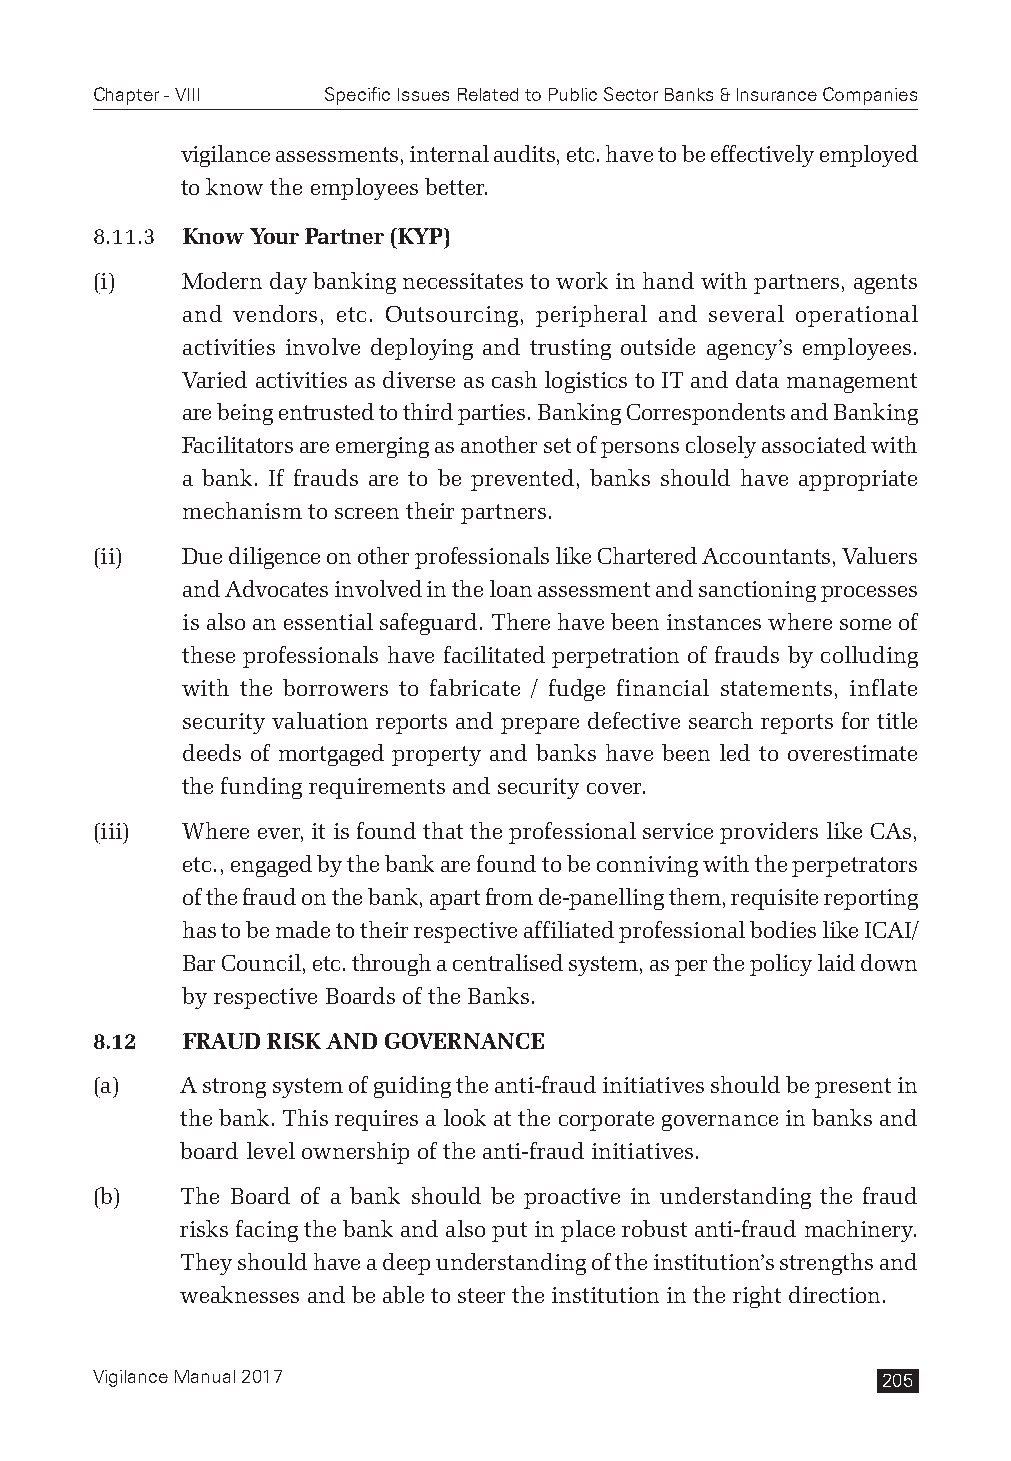
Chapter - VIII Specific Issues Related to Public Sector Banks & Insurance Companies
 vigilance assessments, internal audits, etc. have to be effectively employed
 to know the employees better.
 8.11.3 Know Your Partner (KYP)
 (i)   Modern day banking necessitates to work in hand with partners, agents
 and vendors, etc. Outsourcing, peripheral and several operational
 activities involve deploying and trusting outside agency’s employees.
 Varied activities as diverse as cash logistics to IT and data management
 are being entrusted to third parties. Banking Correspondents and Banking
 Facilitators are emerging as another set of persons closely associated with
 a bank. If frauds are to be prevented, banks should have appropriate
 mechanism to screen their partners.
 (ii)  Due diligence on other professionals like Chartered Accountants, Valuers
 and Advocates involved in the loan assessment and sanctioning processes
 is also an essential safeguard. There have been instances where some of
 these professionals have facilitated perpetration of frauds by colluding
 with the borrowers to fabricate / fudge financial statements, inflate
 security valuation reports and prepare defective search reports for title
 deeds of mortgaged property and banks have been led to overestimate
 the funding requirements and security cover.
 (iii) Where ever, it is found that the professional service providers like CAs,
 etc., engaged by the bank are found to be conniving with the perpetrators
 of the fraud on the bank, apart from de-panelling them, requisite reporting
 has to be made to their respective affiliated professional bodies like ICAI/
 Bar Council, etc. through a centralised system, as per the policy laid down
 by respective Boards of the Banks.
 8.12  FRAUD RISK AND GOVERNANCE
 (a)   A strong system of guiding the anti-fraud initiatives should be present in
 the bank. This requires a look at the corporate governance in banks and
 board level ownership of the anti-fraud initiatives.
 (b)   The Board of a bank should be proactive in understanding the fraud
 risks facing the bank and also put in place robust anti-fraud machinery.
 They should have a deep understanding of the institution’s strengths and
 weaknesses and be able to steer the institution in the right direction.
 Vigilance Manual 2017                               205